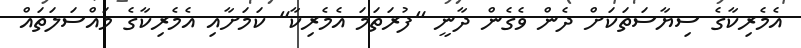
އެމެރިކާގެ ސިޔާސަތަކަށް ދެން ވެގެން ދާނީ "ފުރަތަމަ އެމެރިކާ" ކަމަށާއި އެމެރިކާގެ މައްސަލަތައް